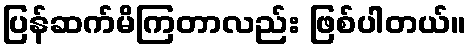
ပြန်ဆက်မိကြတာလည်း ဖြစ်ပါတယ်။